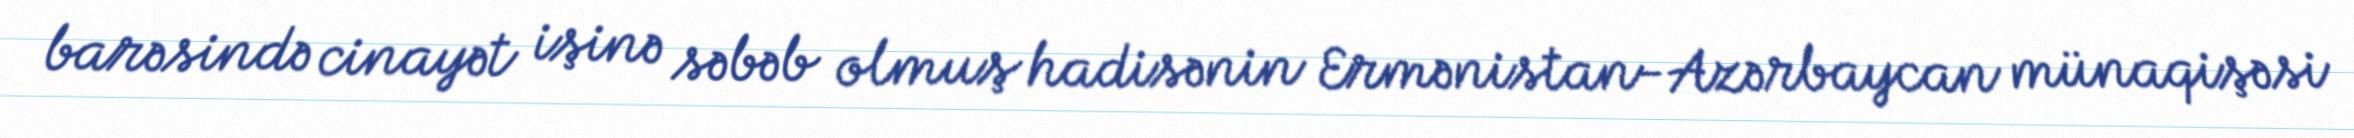
barəsində cinayət işinə səbəb olmuş hadisənin Ermənistan-Azərbaycan münaqişəsi